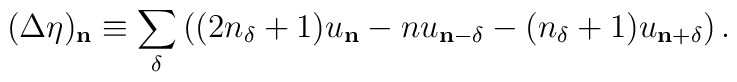
(\Delta \eta)_\mathbf{n}\equiv\sum_{\delta}\left(  (2n_\delta+1)u_{\mathbf{n}}-nu_{\mathbf{n}-\delta}  -(n_\delta+1)u_{\mathbf{n}+\delta}\right).